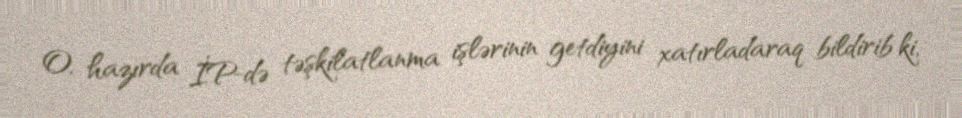
O, hazırda İP-də təşkilatlanma işlərinin getdiyini xatırladaraq bildirib ki,